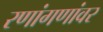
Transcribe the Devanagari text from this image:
रणांगणांवर